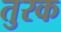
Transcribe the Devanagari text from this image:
तुरक